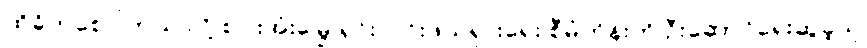
ထိခိုက်စေပါတယ် လို့ စပါးအုံးမြွေ ရှင်းလင်းဖယ်ရှားရေး စီမံကိန်းကို ဦးဆောင်ရေးဆွဲခဲ့သူ